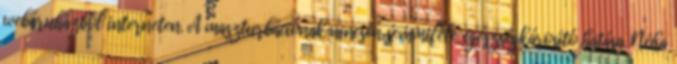
webáruházból interneten. A maszturbációnak nincsen semmiféle egészségkárosító hatása. Néha